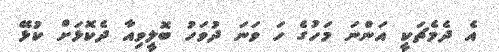
އެ ދެމެޗަކީ އަންނަ މަހުގެ ހަ ވަނަ ދުވަހު ބޮލީވިއާ ދެކޮޅަށް ކުޅޭ